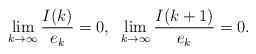
LaTeX: \begin{align*}\lim_{k \to \infty} \frac{I(k)}{e_k} = 0, \;\; \lim_{k\to\infty}\frac{I(k+1)}{e_k}=0. \end{align*}